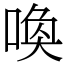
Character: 喚